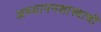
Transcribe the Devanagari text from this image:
अध्यापनशास्त्राची